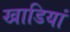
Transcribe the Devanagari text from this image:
खाडियां